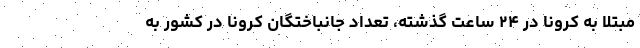
مبتلا به کرونا در ۲۴ ساعت گذشته، تعداد جانباختگان کرونا در کشور به